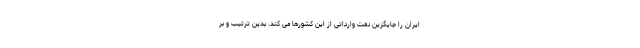
ایران را جایگزین نفت وارداتی از این کشورها می کند. بدین ترتیب و بر